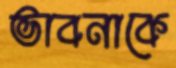
ভাবনাকে